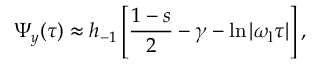
\Psi _ { y } ( \tau ) \approx h _ { - 1 } \left[ \frac { 1 - s } { 2 } - \gamma - \ln { | \omega _ { \mathrm { l } } \tau | } \right] ,